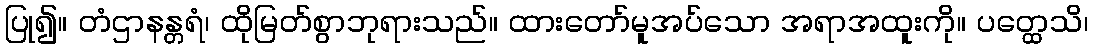
ပြု၍။ တံဌာနန္တရံ၊ ထိုမြတ်စွာဘုရားသည်။ ထားတော်မူအပ်သော အရာအထူးကို။ ပတ္ထေသိ၊